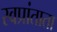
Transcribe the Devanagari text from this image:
स्वप्रांताता